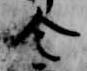
令